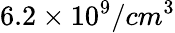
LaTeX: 6.2\times 10^{9}/cm^{3}